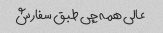
عالی همه چی طبق سفارش